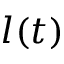
l ( t )